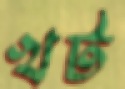
খট